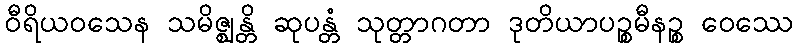
ဝီရိယဝသေန သမိဇ္ဈန္တိ ဆုပန္တံ သုတ္တာဂတာ ဒုတိယာပဉ္စမီနဉ္စ ဝေဿေ